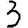
Digit: 3